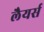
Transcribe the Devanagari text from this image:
लैयर्स